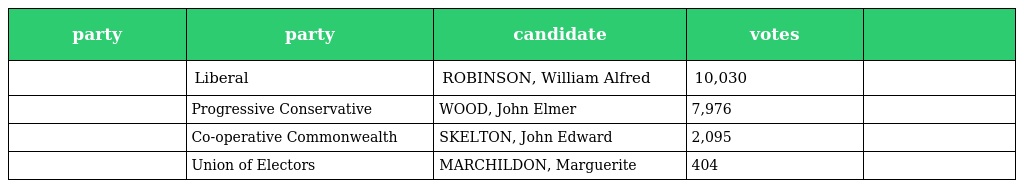
| party | party | candidate | votes |  |
 | --- | --- | --- | --- | --- |
 |  | Liberal | ROBINSON, William Alfred | 10,030 |  |
 |  | Progressive Conservative | WOOD, John Elmer | 7,976 |  |
 |  | Co-operative Commonwealth | SKELTON, John Edward | 2,095 |  |
 |  | Union of Electors | MARCHILDON, Marguerite | 404 |  |